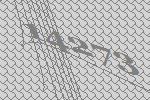
14273